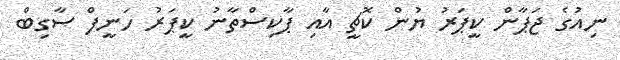
ނިއުގެ ޖަޕާން ކީޕަރު ޔުން ކޮޗީ އާއި ޕާކިސްތާނު ކީޕަރު ހަނީފް ސާގިބް